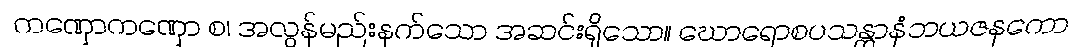
ကဏှောကဏှော စ၊ အလွန်မည်းနက်သော အဆင်းရှိသော။ ဃောရောစပသန္တာနံဘယဇနကော